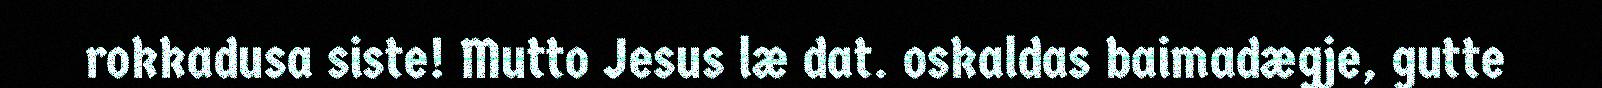
rokkadusa siste! Mutto Jesus læ dat. oskaldas baimadægje, gutte